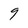
Character: 9